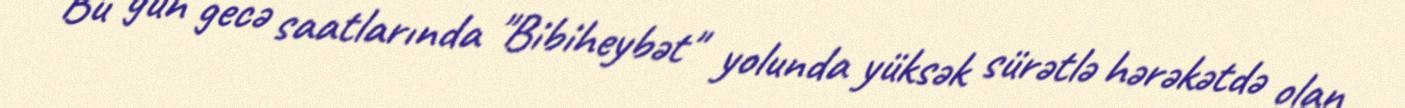
Bu gün gecə saatlarında "Bibiheybət" yolunda yüksək sürətlə hərəkətdə olan